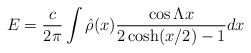
LaTeX: \begin{align*}E={c\over 2\pi} \int \hat{\rho}(x){\cos\Lambda x\over 2\cosh(x/2)-1}dx\end{align*}